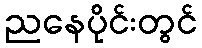
ညနေပိုင်းတွင်